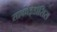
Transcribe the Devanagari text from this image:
सार्काइडॉसिस